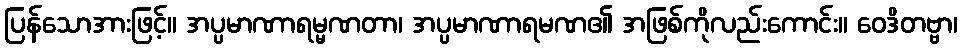
ပြန်သောအားဖြင့်။ အပ္ပမာဏာရမ္မဏတာ၊ အပ္ပမာဏာရမဏ၏ အဖြစ်ကိုလည်းကောင်း။ ဝေဒိတဗ္ဗာ၊